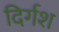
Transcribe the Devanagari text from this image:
दिर्गश